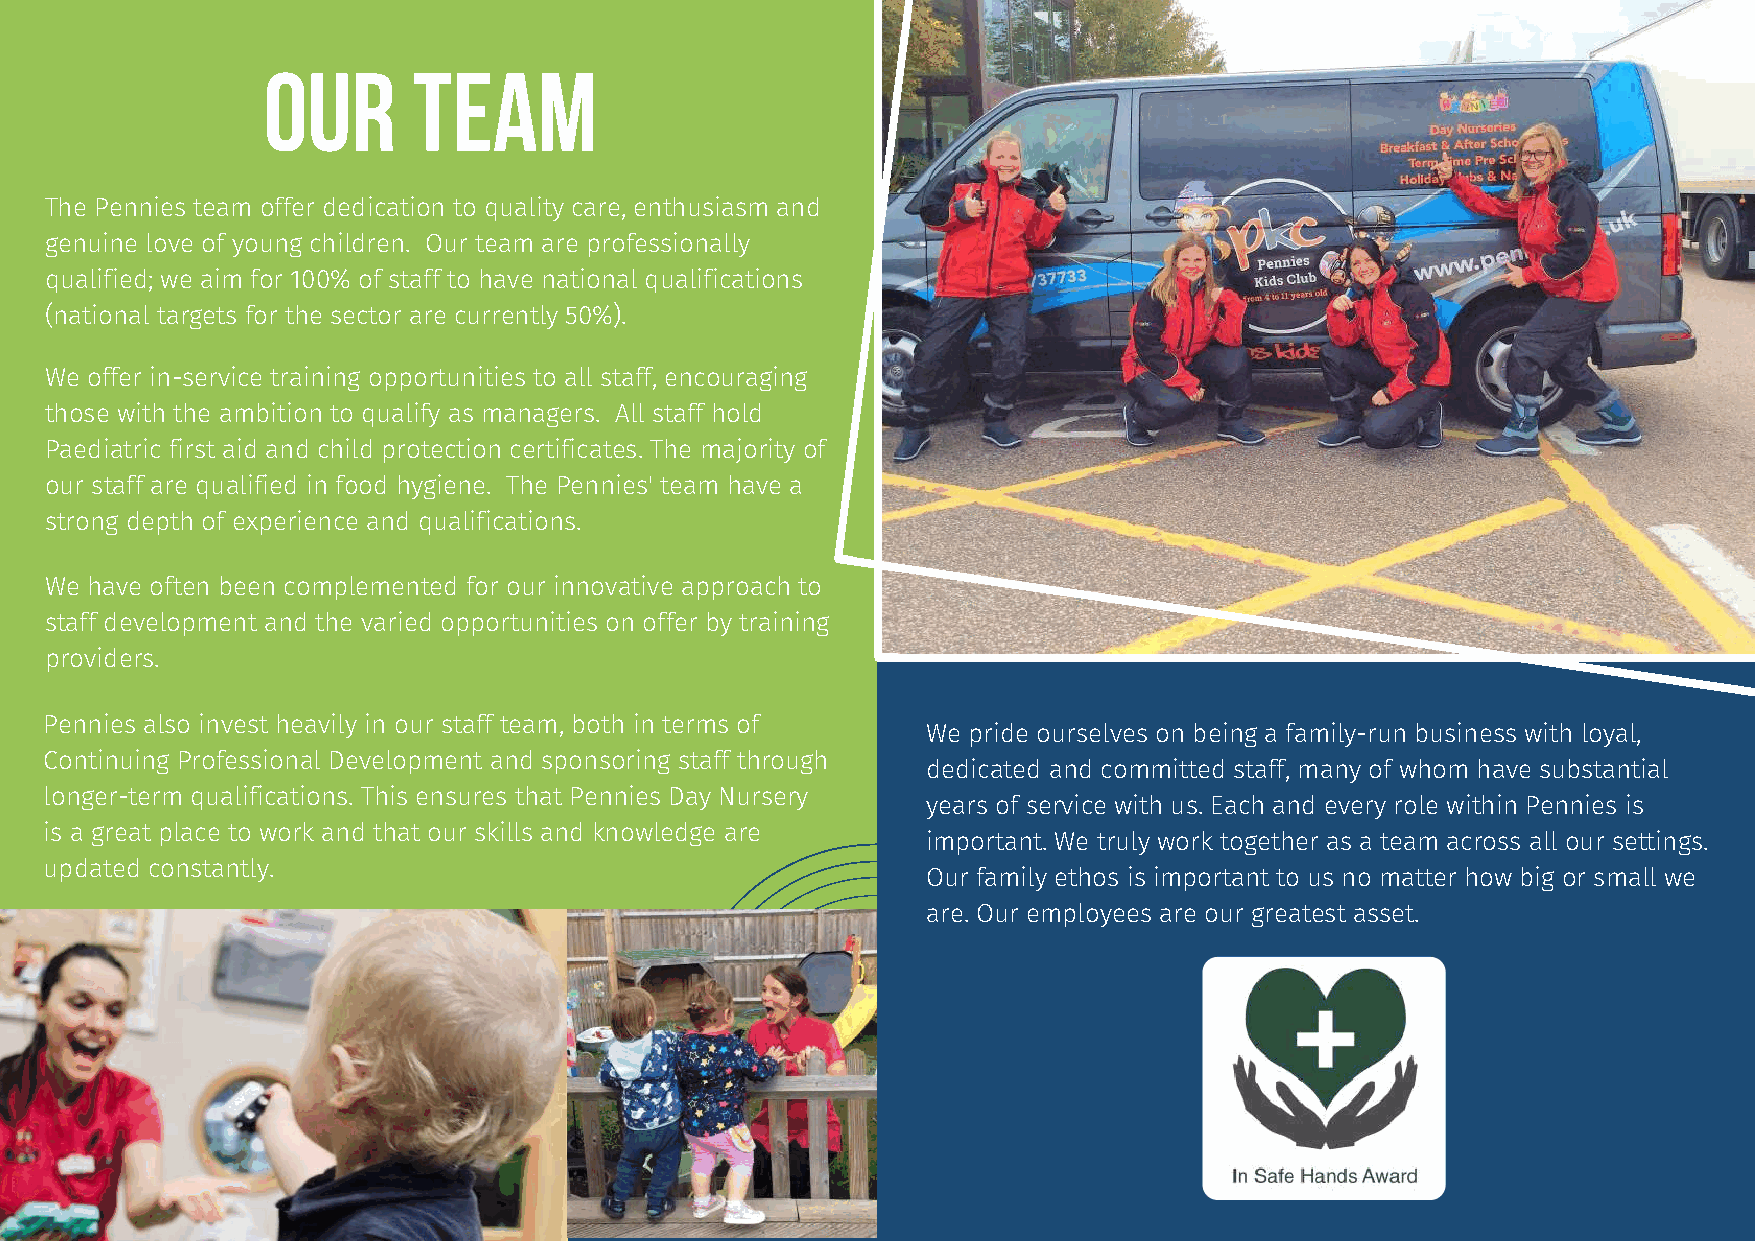
our       team
 The Pennies team offer dedication to quality care, enthusiasm and
 genuine love of young children. Our team are professionally
 qualified; we aim for 100% of staff to have national qualifications
 (national targets for the sector are currently 50%).
 We offer in-service training opportunities to all staff, encouraging
 those with the ambition to qualify as managers. All staff hold
 Paediatric first aid and child protection certificates. The majority of
 our staff are qualified in food hygiene. The Pennies' team have a
 strong depth of experience and qualifications.
 We have often been complemented for our innovative approach to
 staff development and the varied opportunities on offer by training
 providers.
 Pennies also invest heavily in our staff team, both in terms of
 We pride ourselves on being a family-run business with loyal,
 Continuing Professional Development and sponsoring staff through
 dedicated and committed staff, many of whom have substantial
 longer-term qualifications. This ensures that Pennies Day Nursery
 years of service with us. Each and every role within Pennies is
 is a great place to work and that our skills and knowledge are
 important. We truly work together as a team across all our settings.
 updated constantly.
 Our family ethos is important to us no matter how big or small we
 are. Our employees are our greatest asset.